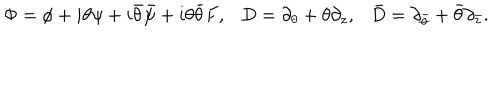
LaTeX: \Phi = \phi + i \theta \psi + i \bar { \theta } \bar { \psi } + i \theta \bar { \theta } F , D = \partial _ { \theta } + \theta \partial _ { z } , \bar { D } = \partial _ { \bar { \theta } } + \bar { \theta } \partial _ { \bar { z } } .